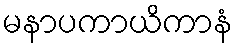
မနာပကာယိကာနံ